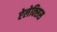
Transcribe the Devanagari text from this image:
ऐलेक्‍सिस